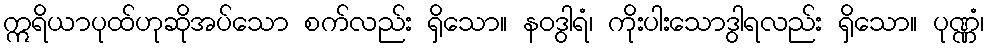
ဣရိယာပုထ်ဟုဆိုအပ်သော စက်လည်း ရှိသော။ နဝဒွါရံ၊ ကိုးပါးသောဒွါရလည်း ရှိသော။ ပုဏ္ဏံ၊